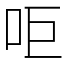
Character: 𠰠